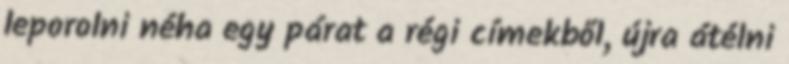
leporolni néha egy párat a régi címekből, újra átélni